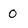
Character: 0